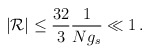
\begin{align*} \vert {\cal R} \vert \le \frac{32}{3} \frac{1}{N g_s} \ll 1\,.\end{align*}